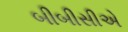
બીબીસીએ